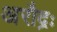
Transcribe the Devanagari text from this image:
अरौद्रः